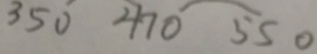
3 5 0 4 7 0 5 5 0